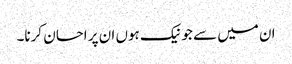
ان میں سے جو نیک ہوں ان پر احسان کرنا۔